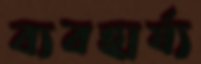
ব্যবহার্য্য